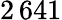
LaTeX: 2\, 641